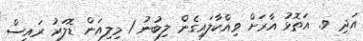
އަދި ވ. އަތޮޅު އާރަށް ވިއްކާލައިގެން ލިބުނު 1 މިލިއަން ޑޮލަރު ރައީސް